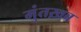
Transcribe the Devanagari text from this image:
मुंतख़ब